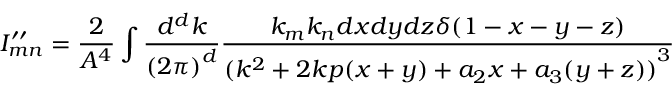
I _ { m n } ^ { \prime \prime } = \frac { 2 } { A ^ { 4 } } \int \frac { d ^ { d } k } { { ( 2 \pi ) } ^ { d } } \frac { k _ { m } k _ { n } d x d y d z \delta ( 1 - x - y - z ) } { { ( k ^ { 2 } + 2 k p ( x + y ) + a _ { 2 } x + a _ { 3 } ( y + z ) ) } ^ { 3 } }